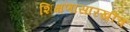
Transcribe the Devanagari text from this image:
शिक्षणासारखीच